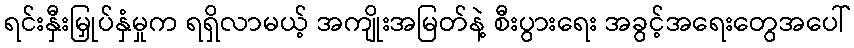
ရင်းနှီးမြှုပ်နှံမှုက ရရှိလာမယ့် အကျိုးအမြတ်နဲ့ စီးပွားရေး အခွင့်အရေးတွေအပေါ်